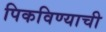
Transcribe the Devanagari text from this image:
पिकविण्याची